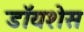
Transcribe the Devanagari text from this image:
डॉयशेस